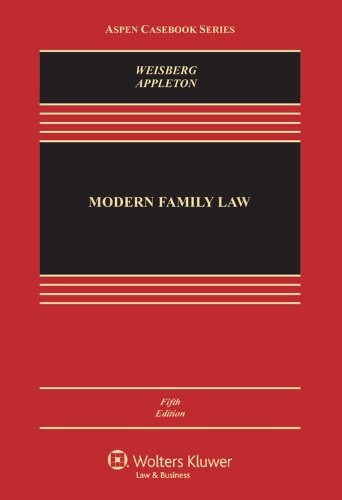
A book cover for Modern Family Law, Fifth Edition (Aspen Casebooks); D. Kelly Weisberg; Law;